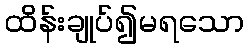
ထိန်းချုပ်၍မရသော